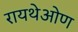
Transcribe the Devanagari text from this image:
रायथेओण